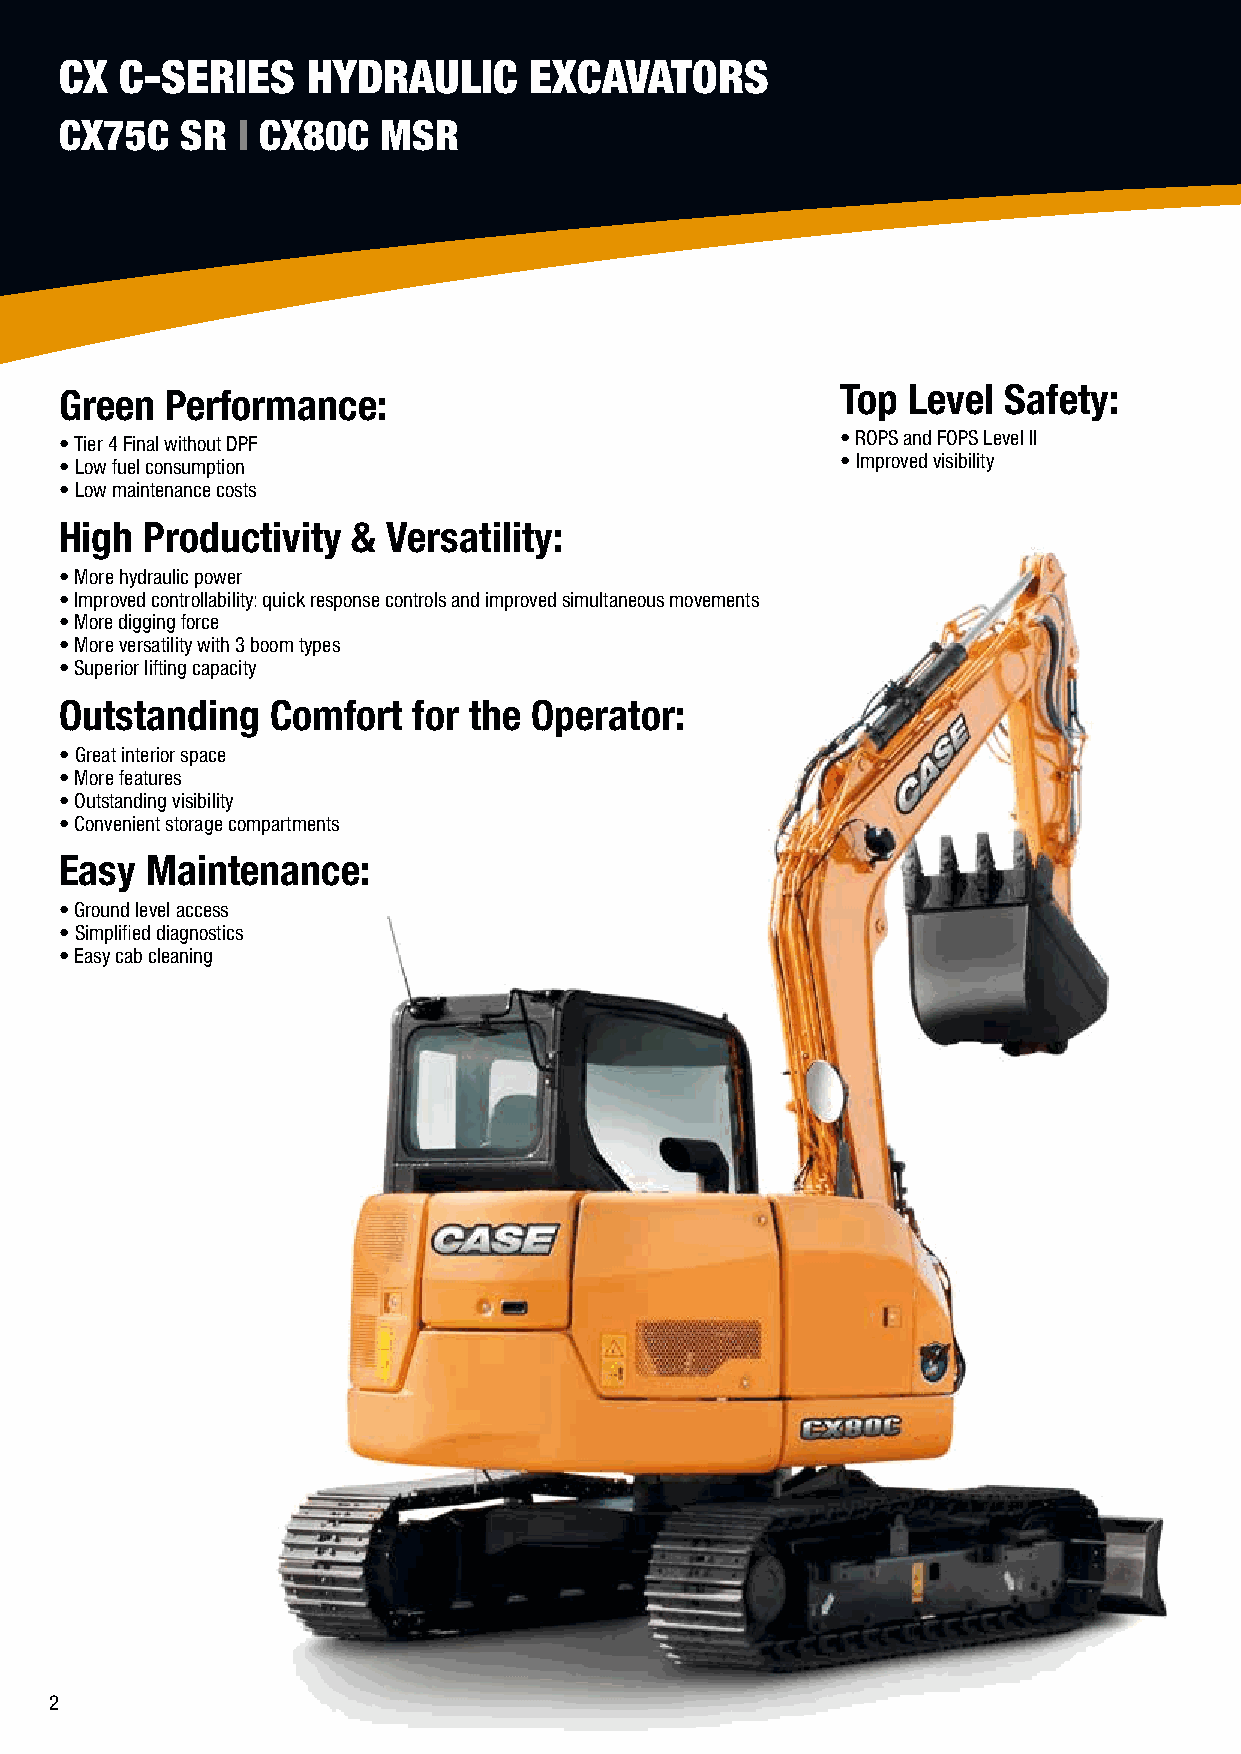
CX  C-SERIES    HYDRAULIC      EXCAVATORS
 CX75C   SR  I CX80C  MSR
 Green  Performance:                                 Top Level Safety:
 • Tier 4 Final without DPF                          • ROPS and FOPS Level II
 • Low fuel consumption                              • Improved visibility
 • Low maintenance costs
 High  Productivity &  Versatility:
 • More hydraulic power
 • Improved controllability: quick response controls and improved simultaneous movements
 • More digging force
 • More versatility with 3 boom types
 • Superior lifting capacity
 Outstanding   Comfort  for the Operator:
 • Great interior space
 • More features
 • Outstanding visibility
 • Convenient storage compartments
 Easy  Maintenance:
 • Ground level access
 • Simplified diagnostics
 • Easy cab cleaning
 2